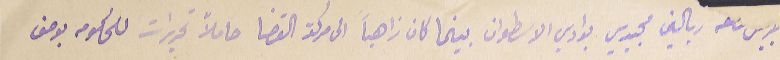
ربالين مجيدي بوادي الاسطوان بينما كان زاهباً الى مركز القضا حاملاً تحريرات للحكومه بوصف